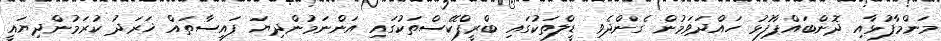
މަންމާފުޅާއި ދޮންބައްޕާފުޅު ހައްދަވަމުން ގެންދެވި ޑީލްތަކުގައި ބްރީފްކޭސްތަކުގައި އަންނަމުންދިޔަ ފައިސާތައް ޚަރަދު ކުރަމުންދިޔައީ